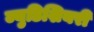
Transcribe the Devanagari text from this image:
ज्युडिशियरी